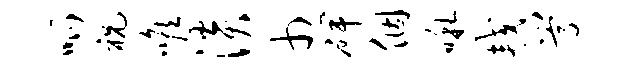
呱祝喉淡巾碑个啾较嵩